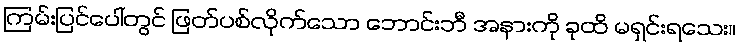
ကြမ်းပြင်ပေါ်တွင် ဖြတ်ပစ်လိုက်သော ဘောင်းဘီ အနားကို ခုထိ မရှင်းရသေး။